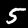
Digit: 5